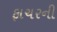
ફાચરની